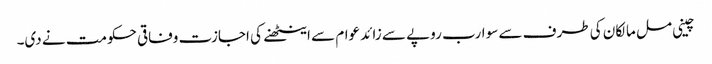
چینی مل مالکان کی طرف سے سو ارب روپے سے زائد عوام سے اینٹھنے کی اجازت وفاقی حکومت نے دی۔